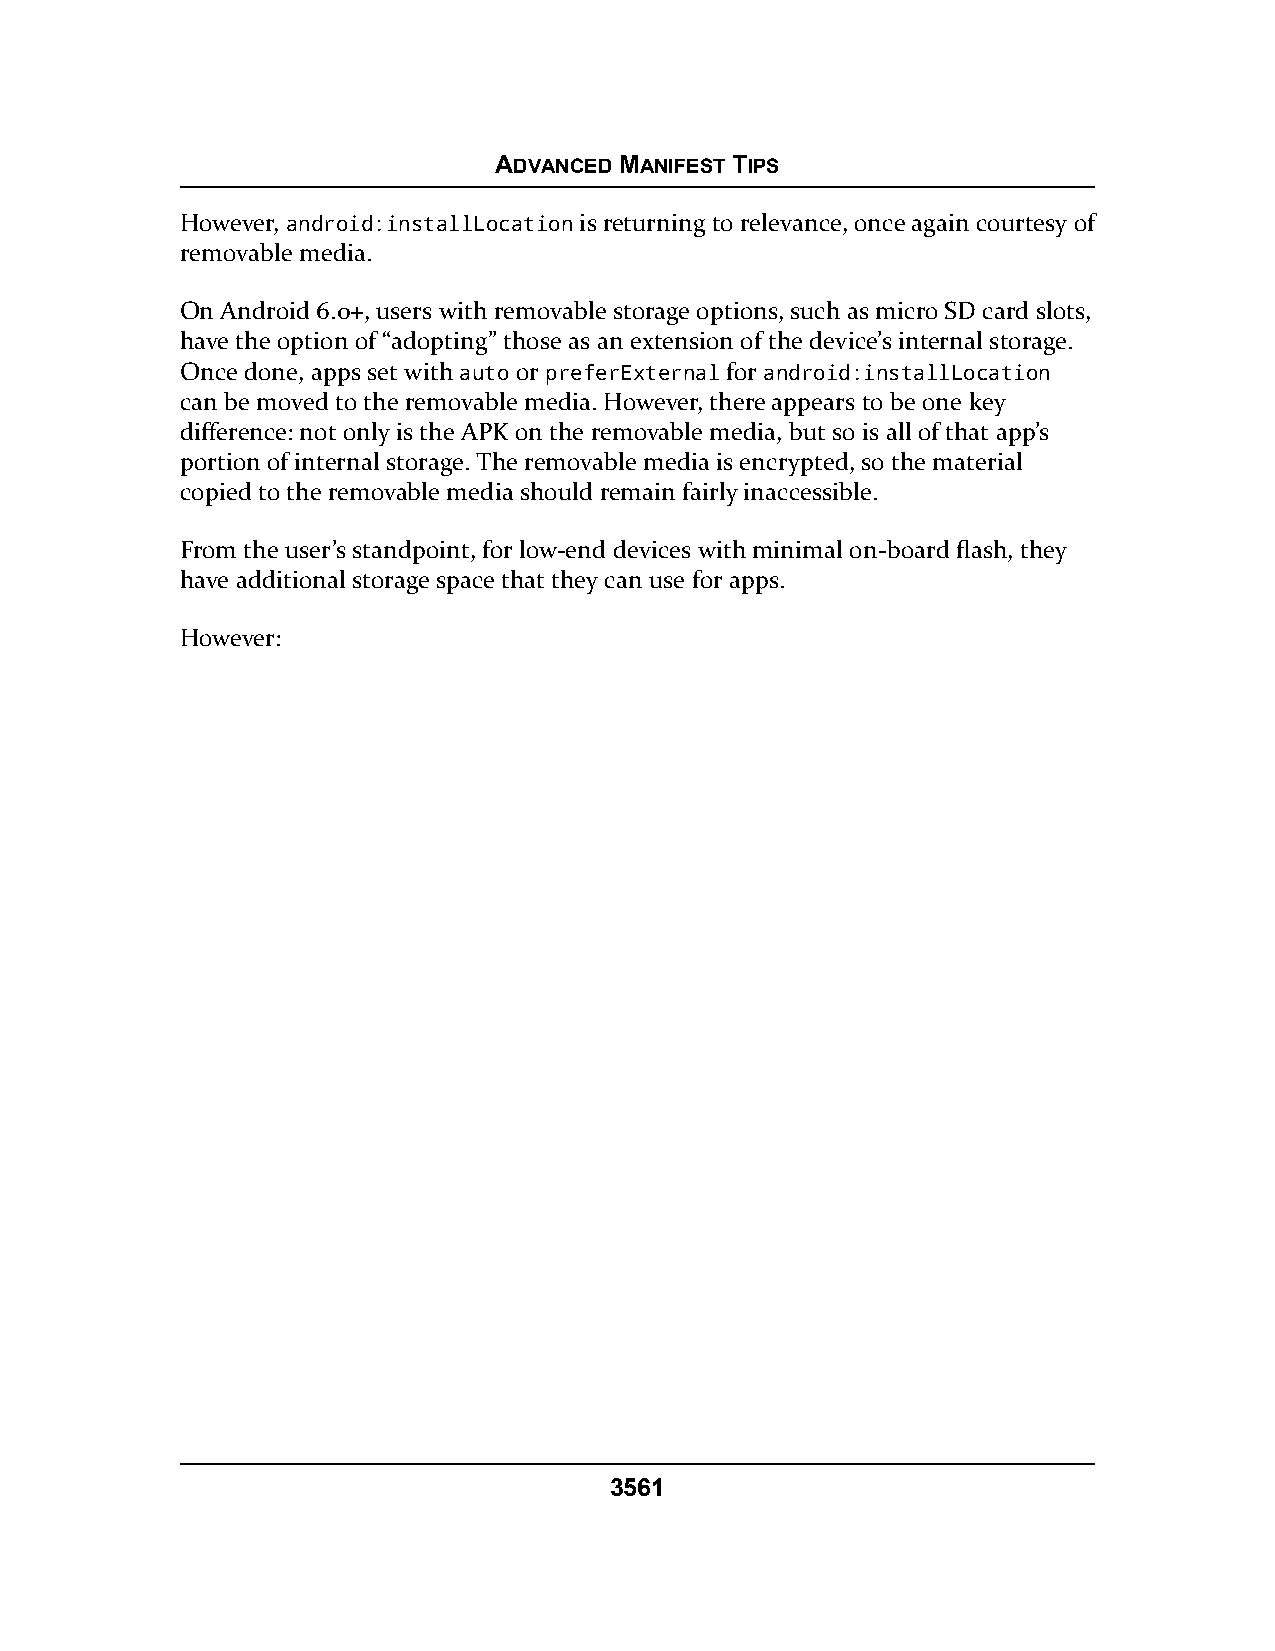
ADVANCED MANIFEST TIPS
 However, android:installLocation is returning to relevance, once again courtesy of
 removable media.
 On Android 6.0+, users with removable storage options, such as micro SD card slots,
 have the option of “adopting” those as an extension of the device’s internal storage.
 Once done, apps set with auto or preferExternal for android:installLocation
 can be moved to the removable media. However, there appears to be one key
 difference: not only is the APK on the removable media, but so is all of that app’s
 portion of internal storage. The removable media is encrypted, so the material
 copied to the removable media should remain fairly inaccessible.
 From the user’s standpoint, for low-end devices with minimal on-board flash, they
 have additional storage space that they can use for apps.
 However:
 3561